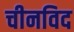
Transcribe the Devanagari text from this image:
चीनविद